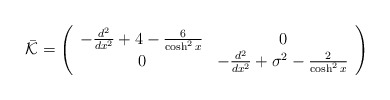
\begin{align*}\bar{\cal K}= \left( \begin{array}{cc}-\frac{d^2}{dx^2}+4-\frac{6}{\cosh^2x}&0\\ 0&-\frac{d^2}{dx^2}+\sigma^2-\frac{2}{\cosh^2x}\end{array} \right)\end{align*}